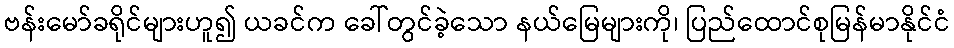
ဗန်းမော်ခရိုင်များဟူ၍ ယခင်က ခေါ်တွင်ခဲ့သော နယ်မြေများကို၊ ပြည်ထောင်စုမြန်မာနိုင်ငံ